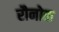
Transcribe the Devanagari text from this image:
रौनोक